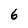
Character: 6